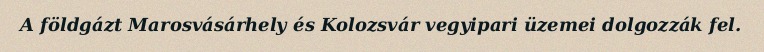
A földgázt Marosvásárhely és Kolozsvár vegyipari üzemei dolgozzák fel.